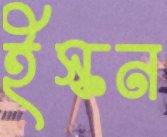
ইস্কন